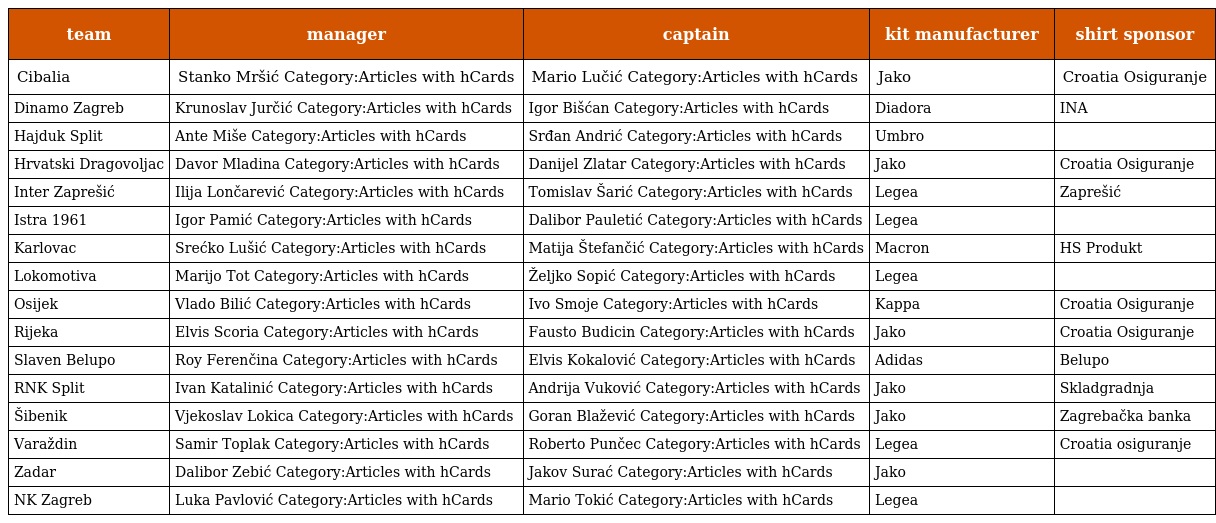
| team | manager | captain | kit manufacturer | shirt sponsor |
 | --- | --- | --- | --- | --- |
 | Cibalia | Stanko Mršić Category:Articles with hCards | Mario Lučić Category:Articles with hCards | Jako | Croatia Osiguranje |
 | Dinamo Zagreb | Krunoslav Jurčić Category:Articles with hCards | Igor Bišćan Category:Articles with hCards | Diadora | INA |
 | Hajduk Split | Ante Miše Category:Articles with hCards | Srđan Andrić Category:Articles with hCards | Umbro |  |
 | Hrvatski Dragovoljac | Davor Mladina Category:Articles with hCards | Danijel Zlatar Category:Articles with hCards | Jako | Croatia Osiguranje |
 | Inter Zaprešić | Ilija Lončarević Category:Articles with hCards | Tomislav Šarić Category:Articles with hCards | Legea | Zaprešić |
 | Istra 1961 | Igor Pamić Category:Articles with hCards | Dalibor Pauletić Category:Articles with hCards | Legea |  |
 | Karlovac | Srećko Lušić Category:Articles with hCards | Matija Štefančić Category:Articles with hCards | Macron | HS Produkt |
 | Lokomotiva | Marijo Tot Category:Articles with hCards | Željko Sopić Category:Articles with hCards | Legea |  |
 | Osijek | Vlado Bilić Category:Articles with hCards | Ivo Smoje Category:Articles with hCards | Kappa | Croatia Osiguranje |
 | Rijeka | Elvis Scoria Category:Articles with hCards | Fausto Budicin Category:Articles with hCards | Jako | Croatia Osiguranje |
 | Slaven Belupo | Roy Ferenčina Category:Articles with hCards | Elvis Kokalović Category:Articles with hCards | Adidas | Belupo |
 | RNK Split | Ivan Katalinić Category:Articles with hCards | Andrija Vuković Category:Articles with hCards | Jako | Skladgradnja |
 | Šibenik | Vjekoslav Lokica Category:Articles with hCards | Goran Blažević Category:Articles with hCards | Jako | Zagrebačka banka |
 | Varaždin | Samir Toplak Category:Articles with hCards | Roberto Punčec Category:Articles with hCards | Legea | Croatia osiguranje |
 | Zadar | Dalibor Zebić Category:Articles with hCards | Jakov Surać Category:Articles with hCards | Jako |  |
 | NK Zagreb | Luka Pavlović Category:Articles with hCards | Mario Tokić Category:Articles with hCards | Legea |  |